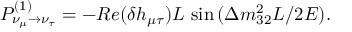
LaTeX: P _ { \nu _ { \mu } \rightarrow \nu _ { \tau } } ^ { ( 1 ) } = - R e ( \delta h _ { \mu \tau } ) L \, \sin { ( \Delta m _ { 3 2 } ^ { 2 } L / 2 E ) } .